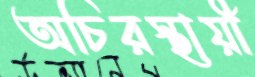
অচিরস্থায়ী